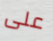
على